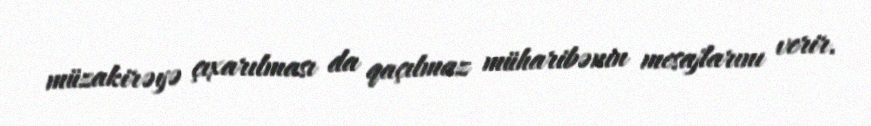
müzakirəyə çıxarılması da qaçılmaz müharibənin mesajlarını verir.